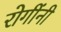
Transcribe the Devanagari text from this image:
रोगींनी